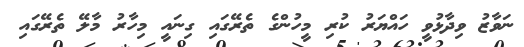
ނަވާޒު ވިދާޅުވީ ހައްޔަރު ކުރި މީހުންގެ ތެރޭގައި ގިނައީ މިހާރު މާލޭ ތެރޭގައި